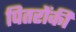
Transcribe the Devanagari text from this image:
पितरोंकी